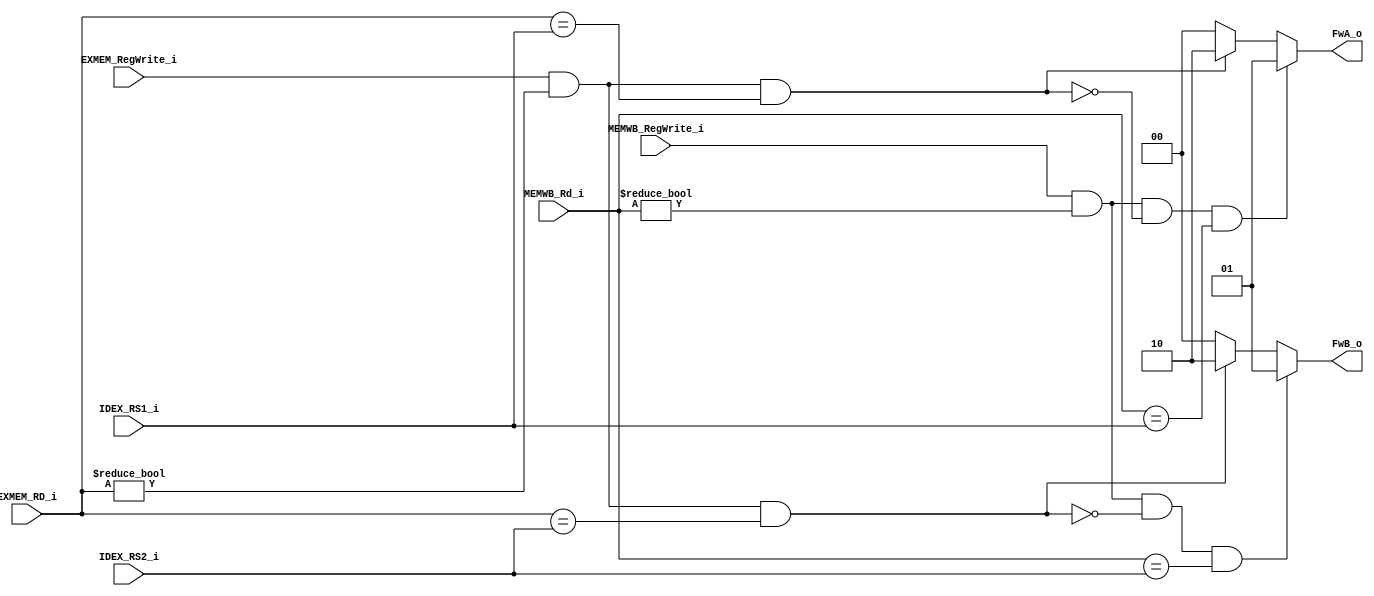
module FU (
    IDEX_RS1_i,
    IDEX_RS2_i,
    EXMEM_RegWrite_i,
    EXMEM_RD_i,
    MEMWB_RegWrite_i,
    MEMWB_Rd_i,
    FwA_o,
    FwB_o
);


input [4:0] IDEX_RS1_i, IDEX_RS2_i;
input EXMEM_RegWrite_i;
input [4:0] EXMEM_RD_i;
input MEMWB_RegWrite_i;
input [4:0] MEMWB_Rd_i;
output reg [1:0] FwA_o, FwB_o;

always @(*) begin
    FwA_o <= 2'b0;
    FwB_o <= 2'b0;
    // EX hazard:
    if (EXMEM_RegWrite_i 
        && (EXMEM_RD_i != 0) 
        && (EXMEM_RD_i == IDEX_RS1_i)) begin
        FwA_o <= 2'b10;
    end
    if (EXMEM_RegWrite_i 
        && (EXMEM_RD_i != 0) 
        && (EXMEM_RD_i == IDEX_RS2_i)) begin
        FwB_o <= 2'b10;
    end
    // MEM hazard
    if (MEMWB_RegWrite_i 
        && (MEMWB_Rd_i !=0) 
        && !(EXMEM_RegWrite_i && (EXMEM_RD_i != 0) && (EXMEM_RD_i == IDEX_RS1_i)) 
        && (MEMWB_Rd_i == IDEX_RS1_i)) begin
        FwA_o <= 2'b01;
    end
    if (MEMWB_RegWrite_i 
        && (MEMWB_Rd_i !=0) 
        && !(EXMEM_RegWrite_i && (EXMEM_RD_i != 0) && (EXMEM_RD_i == IDEX_RS2_i)) 
        && (MEMWB_Rd_i == IDEX_RS2_i)) begin
        FwB_o <= 2'b01;
    end
end
endmodule